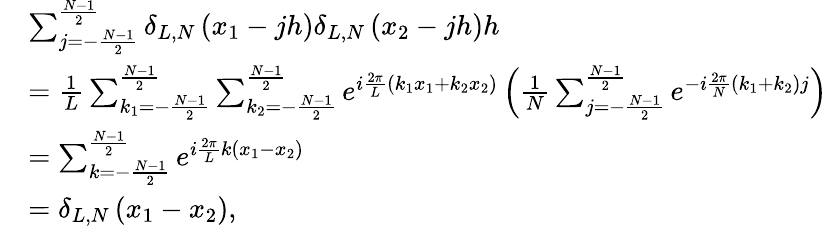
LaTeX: \begin{array}{rl}&{\sum_{j=-\frac{N-1}{2}}^{\frac{N-1}{2}}\delta_{L,N}\left(x_{1}-jh\right)\delta_{L,N}\left(x_{2}-jh\right)h}\\ &{=\frac{1}{L}\sum_{k_{1}=-\frac{N-1}{2}}^{\frac{N-1}{2}}\sum_{k_{2}=-\frac{N-1}{2}}^{\frac{N-1}{2}}e^{i\frac{2\pi}{L}\left(k_{1}x_{1}+k_{2}x_{2}\right)}\left(\frac{1}{N}\sum_{j=-\frac{N-1}{2}}^{\frac{N-1}{2}}e^{-i\frac{2\pi}{N}\left(k_{1}+k_{2}\right)j}\right)}\\ &{=\sum_{k=-\frac{N-1}{2}}^{\frac{N-1}{2}}e^{i\frac{2\pi}{L}k\left(x_{1}-x_{2}\right)}}\\ &{=\delta_{L,N}\left(x_{1}-x_{2}\right),}\end{array}